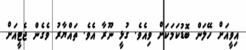
އިވީއަށް ހޭލަން ބޮޑުކަމަކަށް ވިއެވެ. ގުޅީ ނޫރާ އެވެ. ތައްޔާރު ވެގެން ޖެޓީއަށް